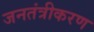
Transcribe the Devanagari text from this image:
जनतंत्रीकरण